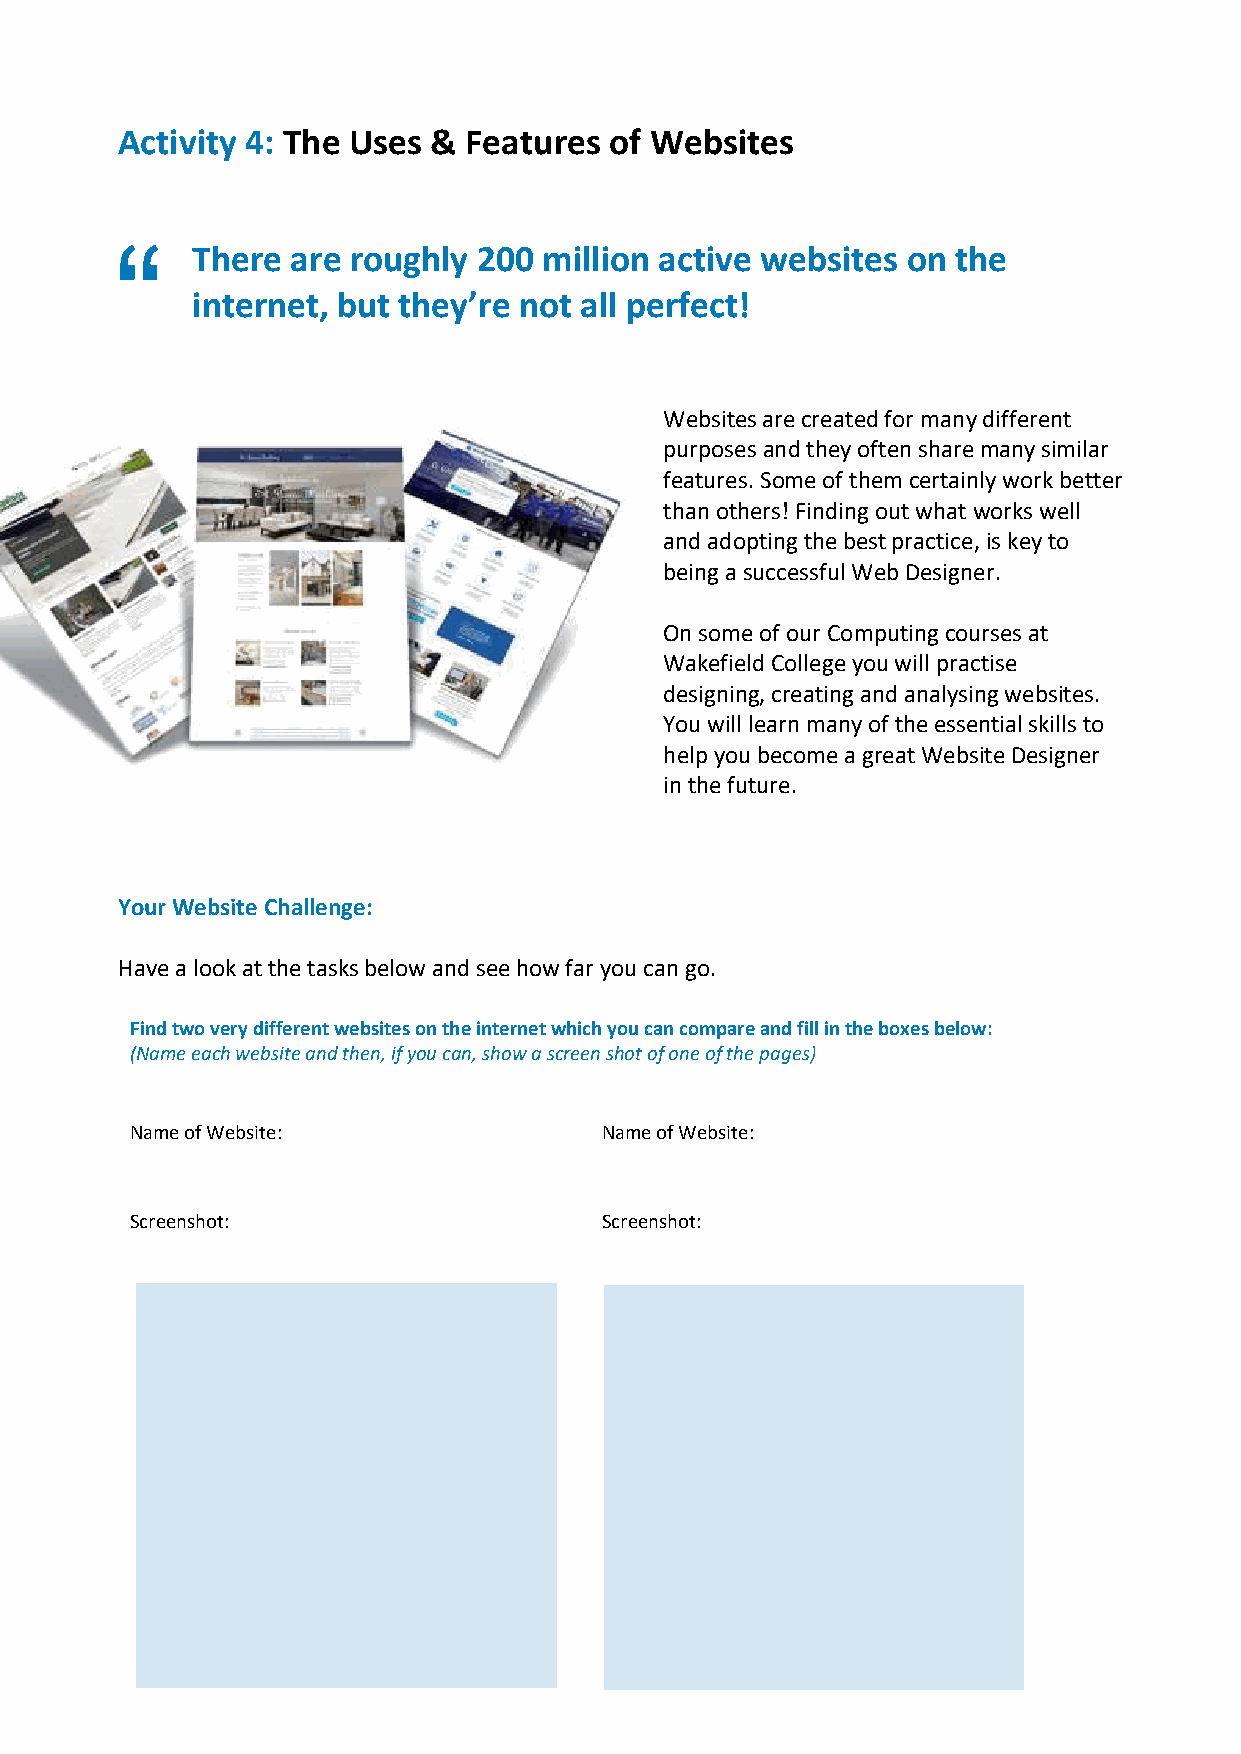
Activity 4: The Uses & Features of Websites
 “
 There are roughly  200 million active websites on the
 internet, but they’re not all perfect!
 Websites are created for many different
 purposes and they often share many similar
 features. Some of them certainly work better
 than others! Finding out what works well
 and adopting the best practice, is key to
 being a successful Web Designer.
 On some of our Computing courses at
 Wakefield College you will practise
 designing, creating and analysing websites.
 You will learn many of the essential skills to
 help you become a great Website Designer
 in the future.
 Your Website Challenge:
 Have a look at the tasks below and see how far you can go.
 Find two very different websites on the internet which you can compare and fill in the boxes below:
 (Name each website and then, if you can, show a screen shot of one of the pages)
 Name of Website:               Name of Website:
 Screenshot:                    Screenshot: